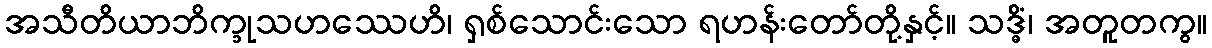
အသီတိယာဘိက္ခုသဟဿေဟိ၊ ရှစ်သောင်းသော ရဟန်းတော်တို့နှင့်။ သဒ္ဓိံ၊ အတူတကွ။